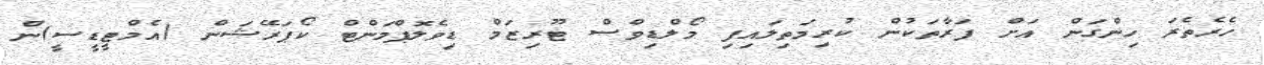
ހެރެތެރަ ހިންގަން އަށް ފަރާތަކުން ކުރިމަތިލައިފި މޯލްޑިވްސް ޓޫރިޒަމް ޑިވެލޮޕްމަންޓް ކޯޕަރޭޝަން (އެމްޓީޑީސީ)ން